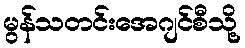
မွန်သတင်းအေဂျင်စီသို့